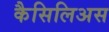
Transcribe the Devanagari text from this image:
कैसिलिअस